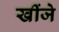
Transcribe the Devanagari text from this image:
खींजे